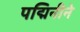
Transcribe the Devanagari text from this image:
पद्मिनीने